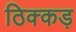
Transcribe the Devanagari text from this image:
ठिक्कड़